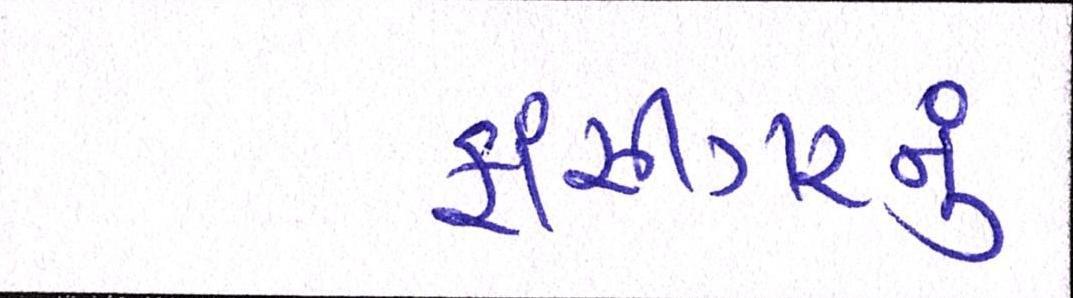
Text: ફાંસીગરનું